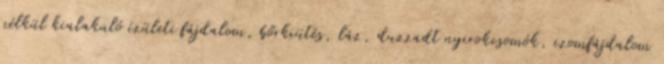
nélkül kialakuló ízületi fájdalom, bőrkiütés, láz, duzzadt nyirokcsomók, izomfájdalom